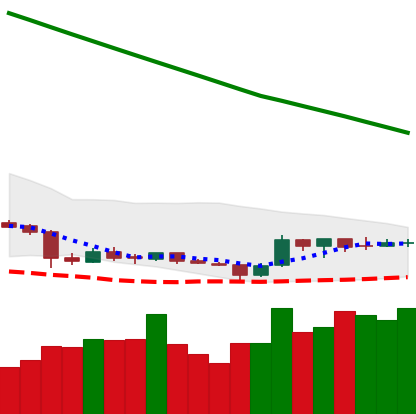
Ticker: ETC-USD
Chart end date: 2019-02-14
Forward return: 11.311%
Label: up_7plus